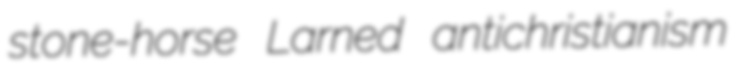
stone-horse Larned antichristianism